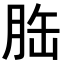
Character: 𦚥